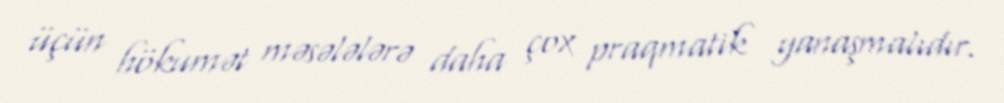
üçün hökumət məsələlərə daha çox praqmatik yanaşmalıdır.